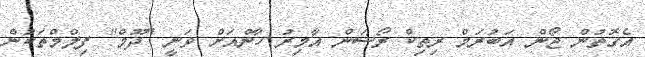
އެގޮތުން ޖޯން އަބުރަމް ރިތިކް ރޯޝަން އާމިރު ހާންއަށް ވަނީ "ދޫމް" ފިލްމްތަކުން